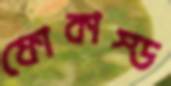
ফোকাস্ড